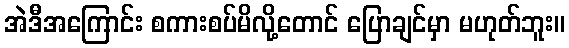
အဲဒီအကြောင်း စကားစပ်မိလို့တောင် ပြောချင်မှာ မဟုတ်ဘူး။